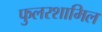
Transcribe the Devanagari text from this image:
फुलरशामिल